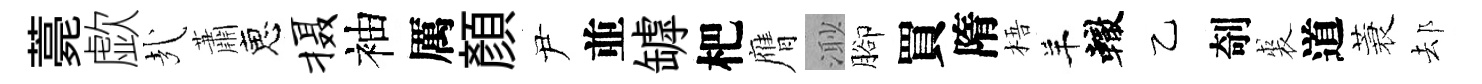
薧歔㢤蕭恵摄袖厲顏尹並罅杷膺𣺌腳買隋梧羊轍乙剞裘道蓑𨚫